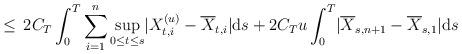
LaTeX: \begin{align*} \le \, 2 C_{T} \int^{T}_{0} \sum_{i=1}^{n} \sup_{0 \le t \le s} \lvert X_{t, i}^{(u)} - \overline{X}_{t,i}\rvert {\mathrm d} s + 2 C_{T} u \int^{T}_{0} \lvert \overline{X}_{s, n+1} - \overline{X}_{s, 1} \rvert {\mathrm d} s \end{align*}